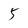
Character: 5